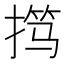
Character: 𫽢